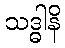
သဒ္ဓါနိ